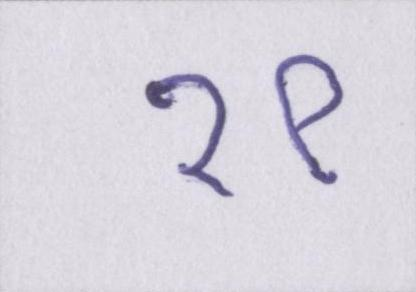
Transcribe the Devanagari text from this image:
१९